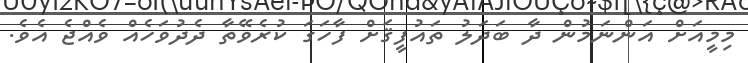
މިމީއަށް އަންނަމުން ދާ ބަދަލު ތައުފީޤަށް ފާހަގަ ކުރެވޭތާ ދެދުވަހެއް ވެއްޖެ އެވެ.